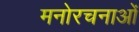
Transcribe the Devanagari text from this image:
मनोरचनाओं